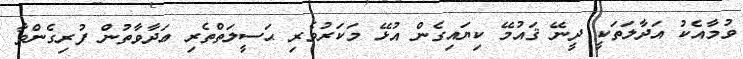
ވުމާއެކު އަދާލަތަކީ ދީނޭ ޤައުމޭ ކިޔައިގެން އުޅޭ މަކަރުވެރި ޙަސީލަތްތެރި ޢަދާވާތުން ފުރިގެންވާ